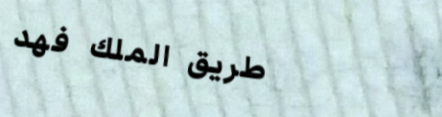
طريق الملك فهد